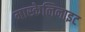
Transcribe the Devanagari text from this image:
मास्केलिनाइट